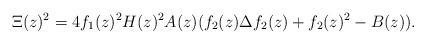
LaTeX: \begin{align*}\Xi(z)^2=4f_1(z)^2H(z)^2A(z)(f_2(z)\Delta f_2(z)+f_2(z)^2-B(z)).\end{align*}